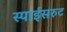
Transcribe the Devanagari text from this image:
स्पाईसरुट